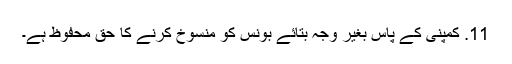
11. کمپنی کے پاس بغیر وجہ بتائے بونس کو منسوخ کرنے کا حق محفوظ ہے۔